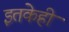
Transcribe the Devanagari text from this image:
इतकेही